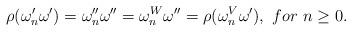
LaTeX: \begin{align*} \rho(\omega'_n\omega')=\omega''_n\omega''=\omega^W_n\omega'' =\rho(\omega^V_n\omega'),~for~n\geq 0. \end{align*}